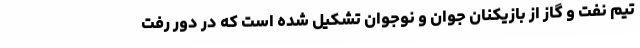
تیم نفت و گاز از بازیکنان جوان و نوجوان تشکیل شده است که در دور رفت